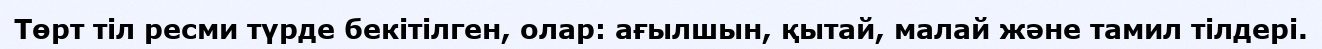
Төрт тіл ресми түрде бекітілген, олар: ағылшын, қытай, малай және тамил тілдері.